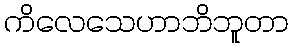
ကိလေသေဟာဘိဘူတာ